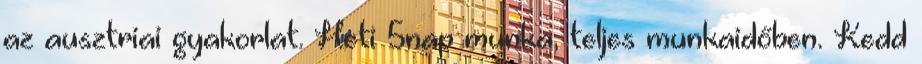
az ausztriai gyakorlat. Heti 5nap munka, teljes munkaidőben. Kedd